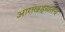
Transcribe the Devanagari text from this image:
आराखड्यातच